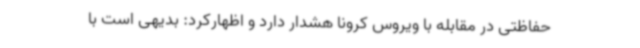
حفاظتی در مقابله با ویروس کرونا هشدار دارد و اظهارکرد: بدیهی است با